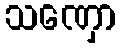
သဏှော